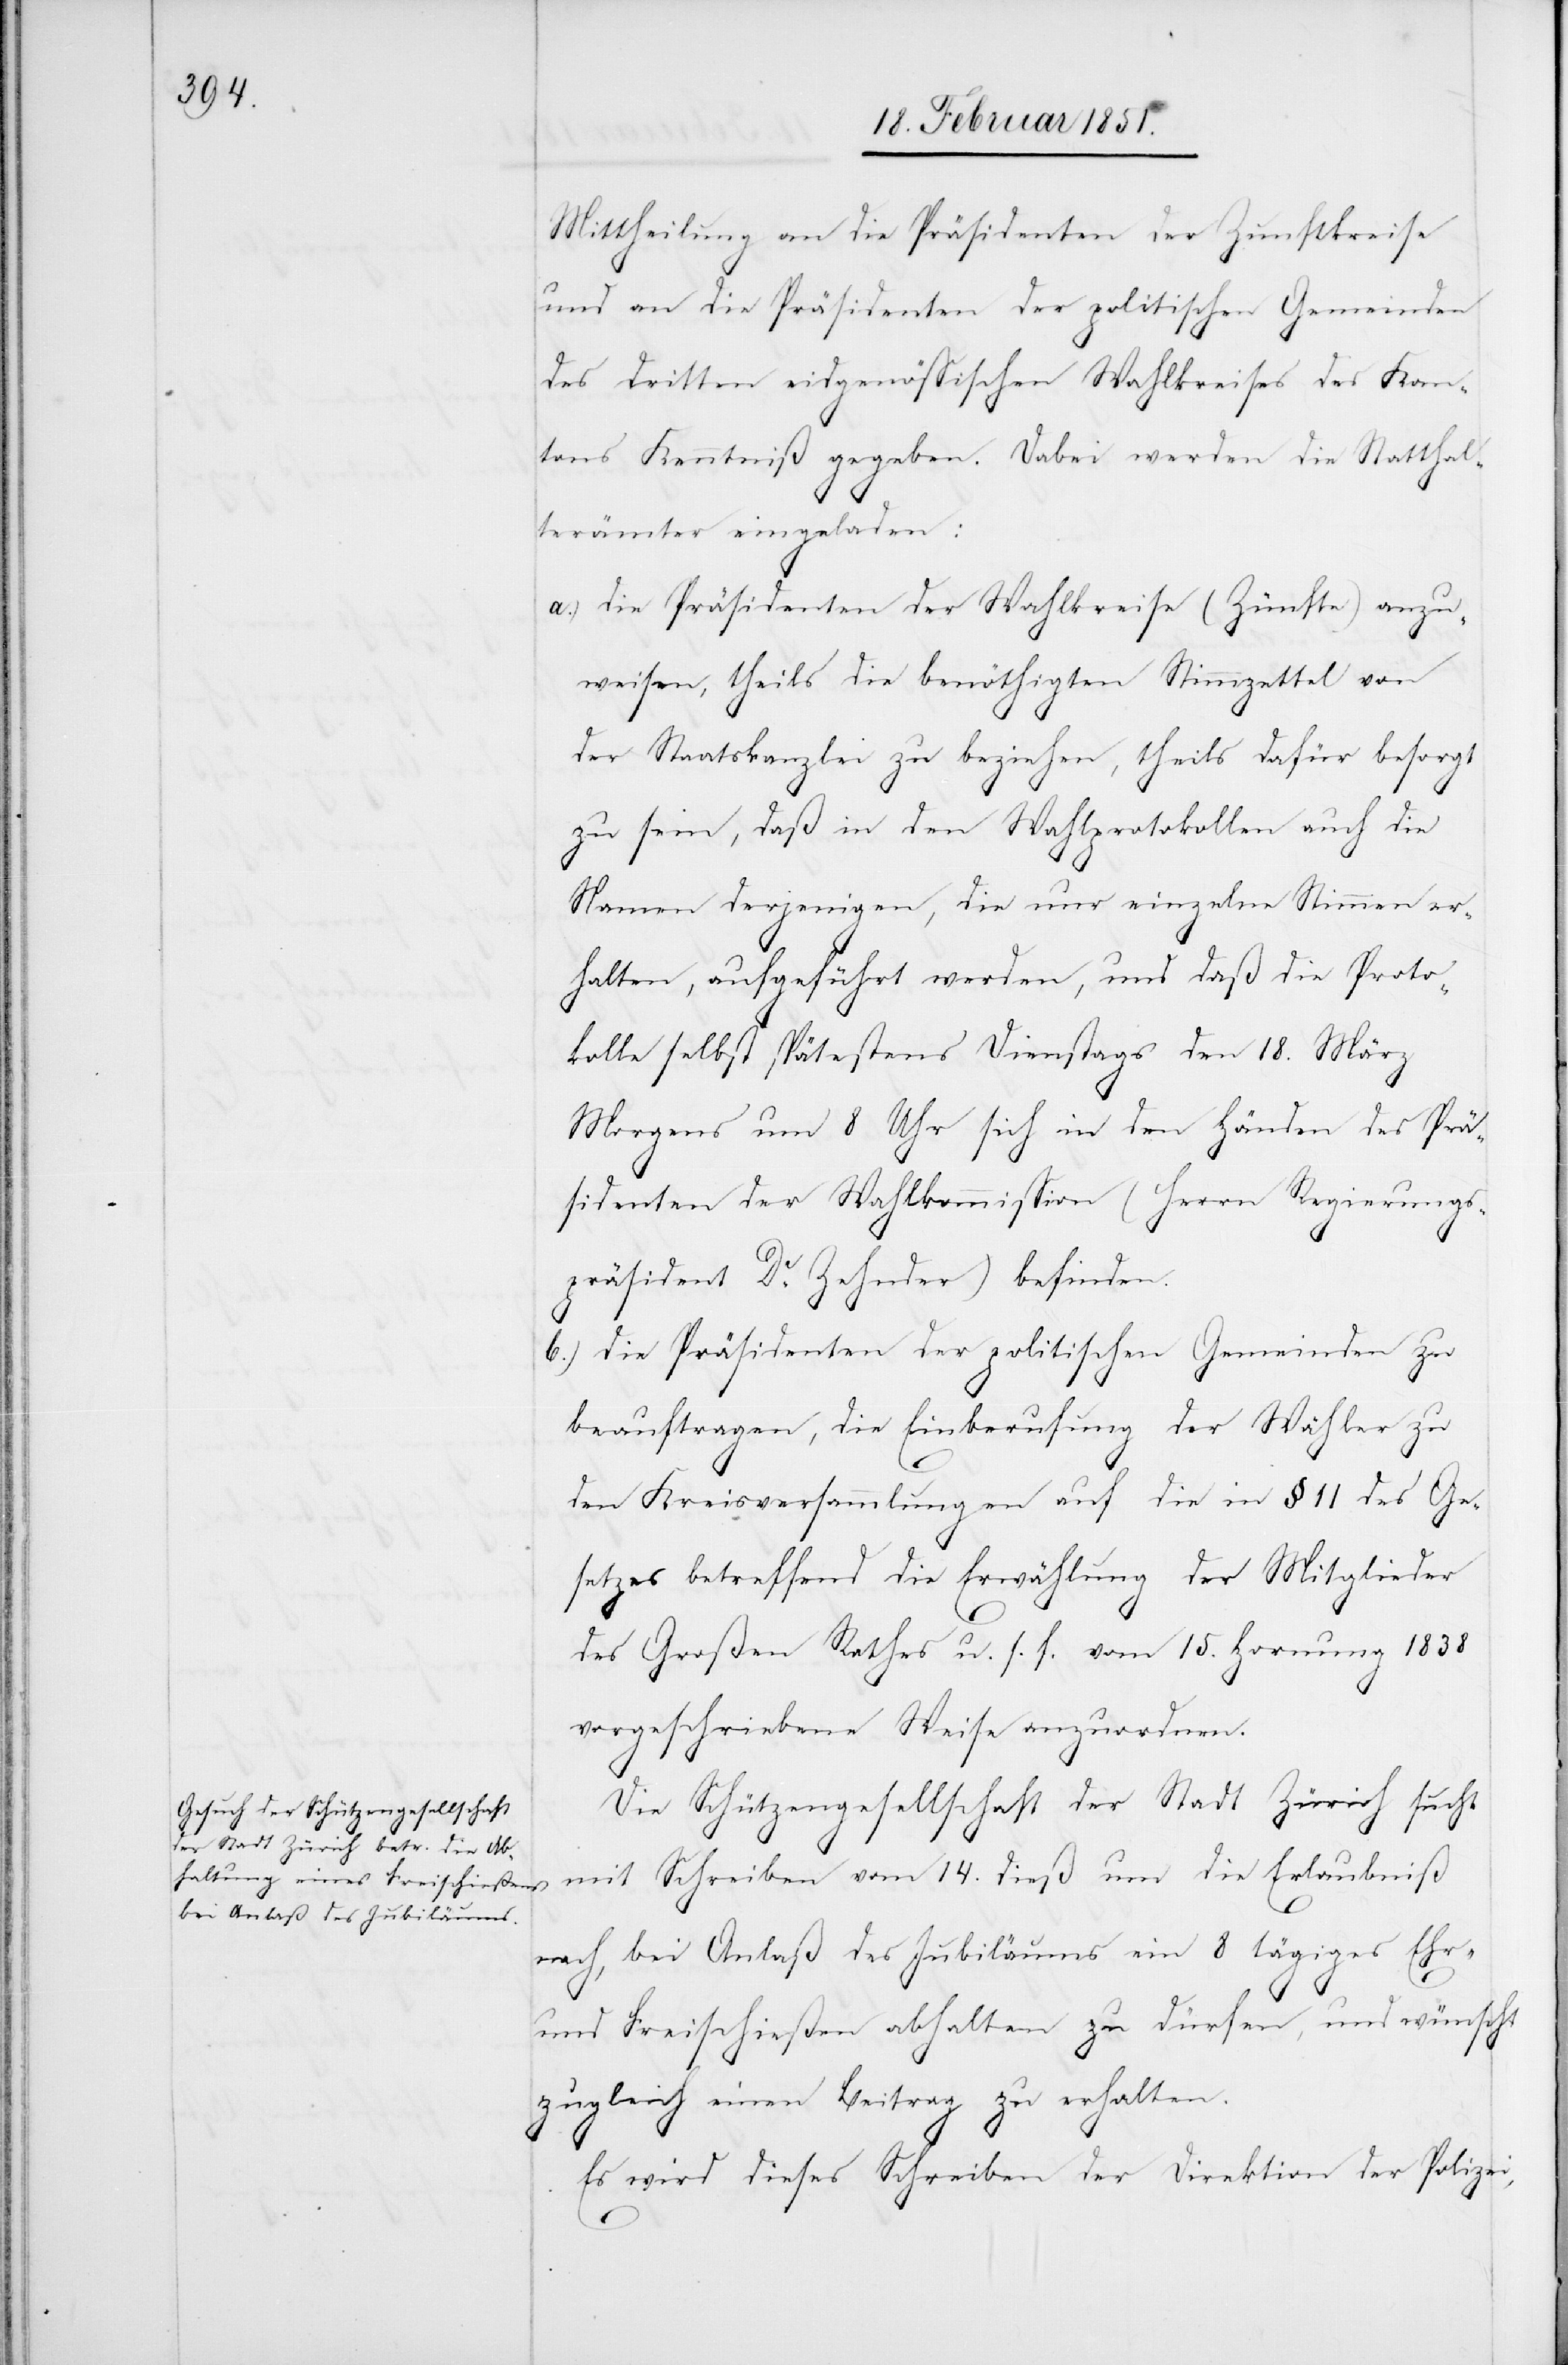
Mittheilung an die Präsidenten der Zunftkreise
und an die Präsidenten der politischen Gemeinden
des dritten eidgenössischen Wahlkreises des Kan¬
tons Kenntniß gegeben. Dabei werden die Statthal¬
terämter eingeladen:
die Präsidenten der Wahlkreise (Zünfte) anzu¬
weisen, theils die benöthigten Stimmzettel von
der Staatskanzlei zu beziehen, theils dafür besorgt
zu sein, daß in den Wahlprotokollen auch die
Namen derjenigen, die nur einzelne Stimmen er¬
halten, aufgeführt werden, und daß die Proto¬
kolle selbst spätestens Dienstags den 18. März
Morgens um 8 Uhr sich in den Händen des Prä¬
sidenten der Wahlkommission (Herrn Regierungs¬
präsident Dr. Zehnder) befinden.
die Präsidenten der politischen Gemeinden zu
beauftragen, die Einberufung der Wähler zu
den Kreisversammlungen auf die in § 11 des Ge¬
setzes betreffend die Erwählung der Mitglieder
des Großen Rathes u. s. f. vom 15. Hornung 1838
vorgeschriebene Weise anzuordnen.
Die Schützengesellschaft der Stadt Zürich sucht
mit Schreiben vom 14. dieß um die Erlaubniß
nach, bei Anlaß des Jubiläums ein 8 tägiges Ehr-
und Freischießen abhalten zu dürfen, und wünscht
zugleich einen Beitrag zu erhalten.
Es wird dieses Schreiben der Direktion der Polizei,